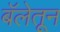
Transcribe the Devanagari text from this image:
बॅलेतून